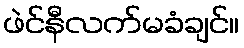
ဖဲင်နီလက်မခံချင်။